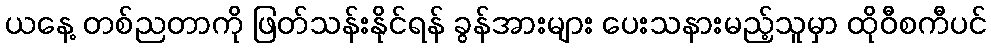
ယနေ့ တစ်ညတာကို ဖြတ်သန်းနိုင်ရန် ခွန်အားများ ပေးသနားမည့်သူမှာ ထိုဝီစကီပင်